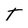
Character: t